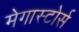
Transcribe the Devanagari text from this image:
मेगास्टोर्स